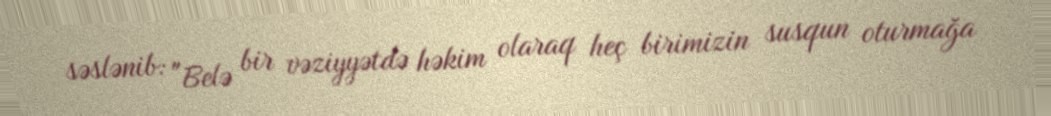
səslənib: "Belə bir vəziyyətdə həkim olaraq heç birimizin susqun oturmağa